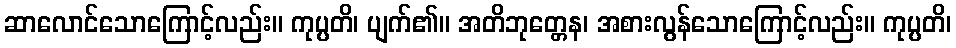
ဆာလောင်သောကြောင့်လည်း။ ကုပ္ပတိ၊ ပျက်၏။ အတိဘုတ္တေန၊ အစားလွန်သောကြောင့်လည်း။ ကုပ္ပတိ၊